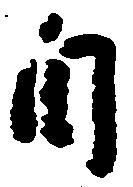
自